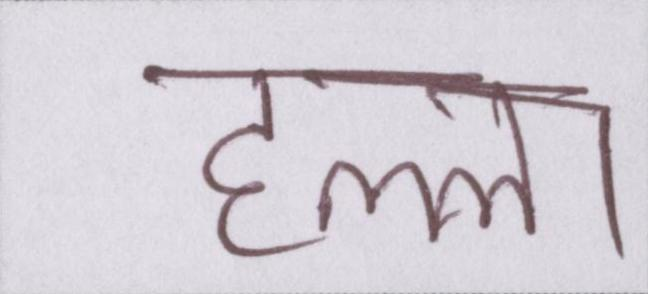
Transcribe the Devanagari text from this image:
हल्ला